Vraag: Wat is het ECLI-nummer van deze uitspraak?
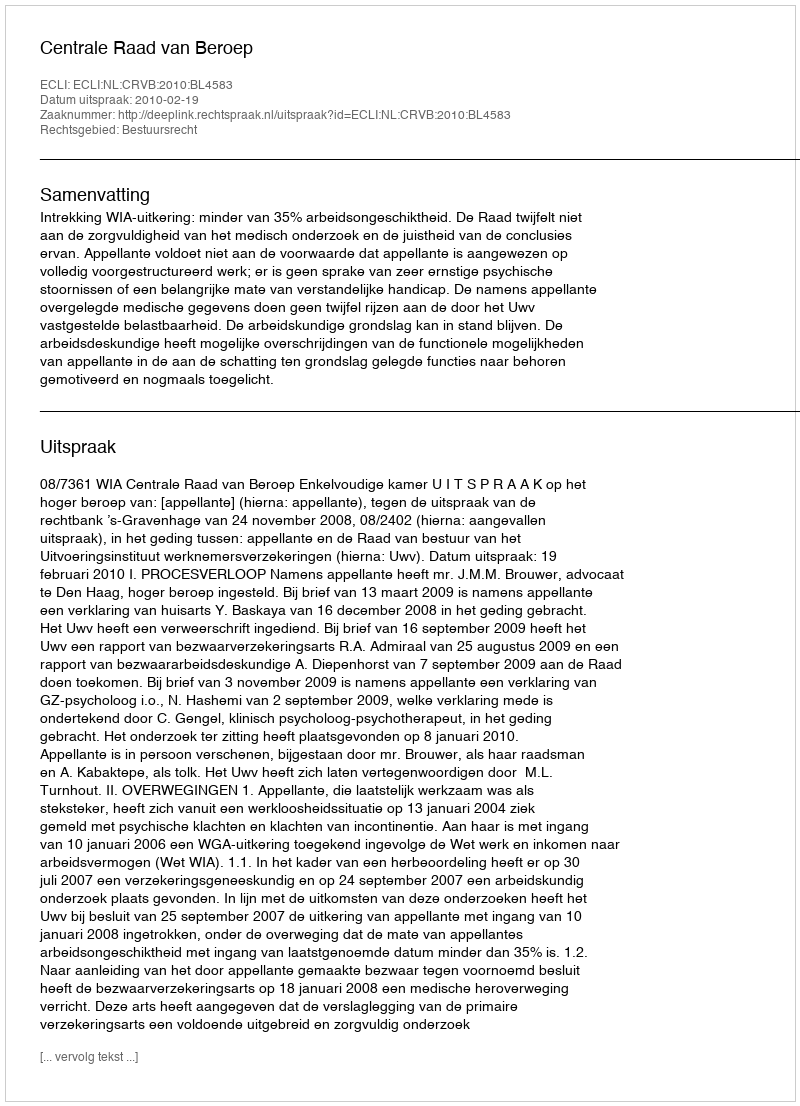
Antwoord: ECLI:NL:CRVB:2010:BL4583